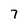
Character: 7